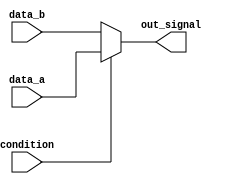
module conditional_assignment (
    input wire condition,         // Control signal
    input wire [7:0] data_a,     // First data input (8-bit)
    input wire [7:0] data_b,     // Second data input (8-bit)
    output wire [7:0] out_signal  // Output signal (8-bit)
);

// Continuous assignment using ternary operator
assign out_signal = (condition) ? data_a : data_b;

endmodule